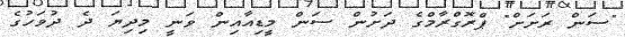
"ސަން ރަށަށް" ޕްރޮގްރާމްގެ ދަށުން ސަން މީޑިއާއިން ވަނީ މިދިޔަ ދެ ދުވަހުގެ